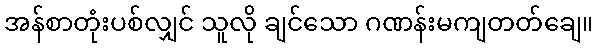
အန်စာတုံးပစ်လျှင် သူလို ချင်သော ဂဏန်းမကျတတ်ချေ။